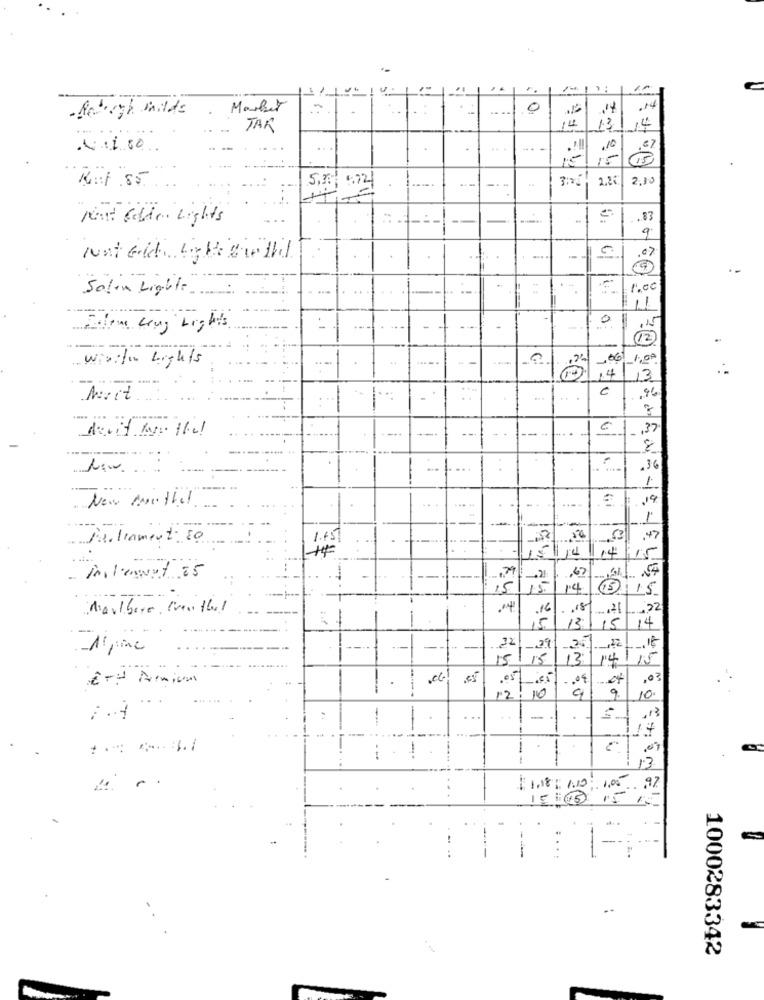
11
. Balogh milds
Market
0
.14
.
TAR
14
13/14
2.20
2,05
Ref .85.
5.30 4.72
Next Gelder Lights
.83
9
....
=
Solin Lights
1.00
11
0
Informe Long Lights.
12)
----
wir:fon Lights
-06
14/13
Mvit
,96
--..
-
€1 -3
.36
1
New Anthel
.19
Gi
1
Parliament: 80
1.65
.47
14
- innleget 25
,67
14 5 15
Marlboro Iventhel
.. 18 -21 -22
13/15
14
-Alpine
-
22
27/12/16
15/15
13/14/15
ET! Amin
.
-. ºf
.03
12
10
9.
10.
- .
1
,13
-
13
1.05 .97
15 : 45
15
--
1000283342